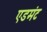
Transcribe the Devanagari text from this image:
एडमंट